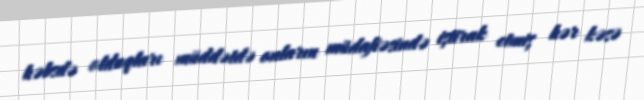
həbsdə olduqları müddətdə onların müdafiəsində iştirak etmiş hər kəsə